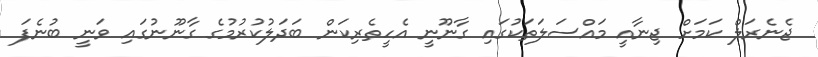
ޖެނެރަލް ކަމަށް ޖިނާއީ މައްސަލަތަކުގައި ގާނޫނީ އެހީތެރިކަން ބަދަލުކުރުމުގެ ގާނޫނުގައި ވަނީ ބުނެފަ